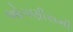
ઓગણીસમી